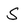
Character: S